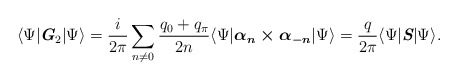
\begin{align*} \langle \Psi |\textit{\textbf{G}}_2|\Psi \rangle =\frac{i}{2\pi}\sum _{n\neq 0}\frac{q_0+q_\pi}{2n} \langle \Psi |\mbox{\boldmath $\alpha_n\times \alpha_{-n}$}|\Psi \rangle =\frac{q}{2\pi}\langle \Psi |\textit{\textbf{S}}|\Psi \rangle .\end{align*}